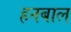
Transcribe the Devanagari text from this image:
हनबाल